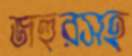
জহুরসহ